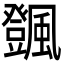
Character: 𩙄